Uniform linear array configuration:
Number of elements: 8
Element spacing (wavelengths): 0.75
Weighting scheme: hamming
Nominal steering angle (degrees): -60
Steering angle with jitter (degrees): -58.748
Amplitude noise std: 0.05
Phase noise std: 0.05

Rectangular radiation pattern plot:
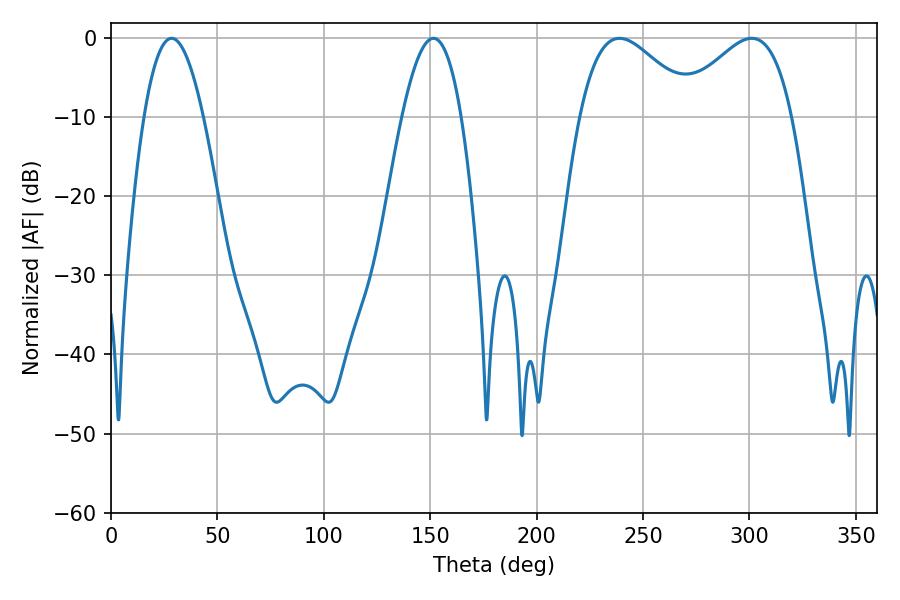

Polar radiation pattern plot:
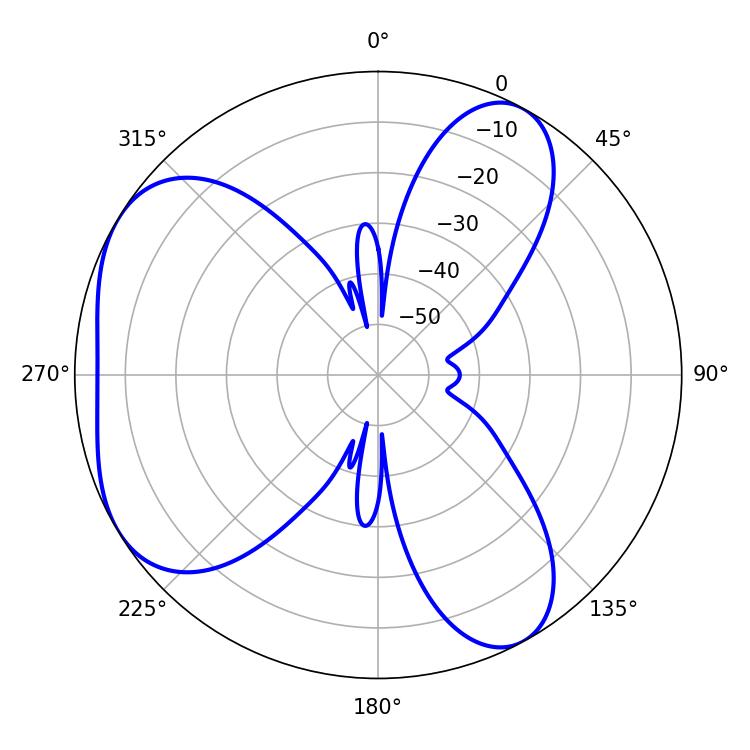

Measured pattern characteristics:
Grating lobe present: TRUE
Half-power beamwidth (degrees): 15.3
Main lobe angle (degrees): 28.44